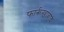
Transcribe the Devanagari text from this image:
फार्रूखाबाद